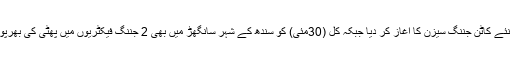
پنجاب کے شہر ہارون آباد میں گزشتہ روز ایک کاٹن جننگ فیکٹری نے نئے کاٹن جننگ سیزن کا آغاز کر دیا جبکہ کل (30مئی) کو سندھ کے شہر سانگھڑ میں بھی 2 جننگ فیکٹریوں میں پھٹی کی بھرپور آمد کے باعث یہ جننگ فیکٹریاں بھی آپریشنل ہونے کی اطلاعات ہیں ۔